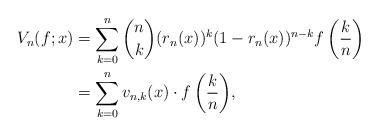
\begin{align*}V_n(f;x)&=\sum^{n}_{k=0}{\binom{n}{k}(r_n(x))^k(1-r_n(x))^{n-k}f\left(\frac{k}{n}\right)}\\&=\sum^{n}_{k=0}{v_{n,k}(x)\cdot f\left(\frac{k}{n}\right)},\end{align*}